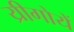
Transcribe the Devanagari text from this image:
य्रीगोयें